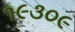
૧૯૩૦૯